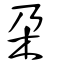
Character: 朶